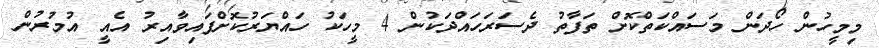
މިމީހުން ހޯދަން މަަސައްކަތްކޮށް ތަފާތު ދެސަރަހައްދަކުން 4 މީހަކު ހައްޔަރުކޮށްފައިވާއިރު އެއީ އުމުރުން